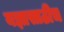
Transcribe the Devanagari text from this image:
यज्ञासाठीच